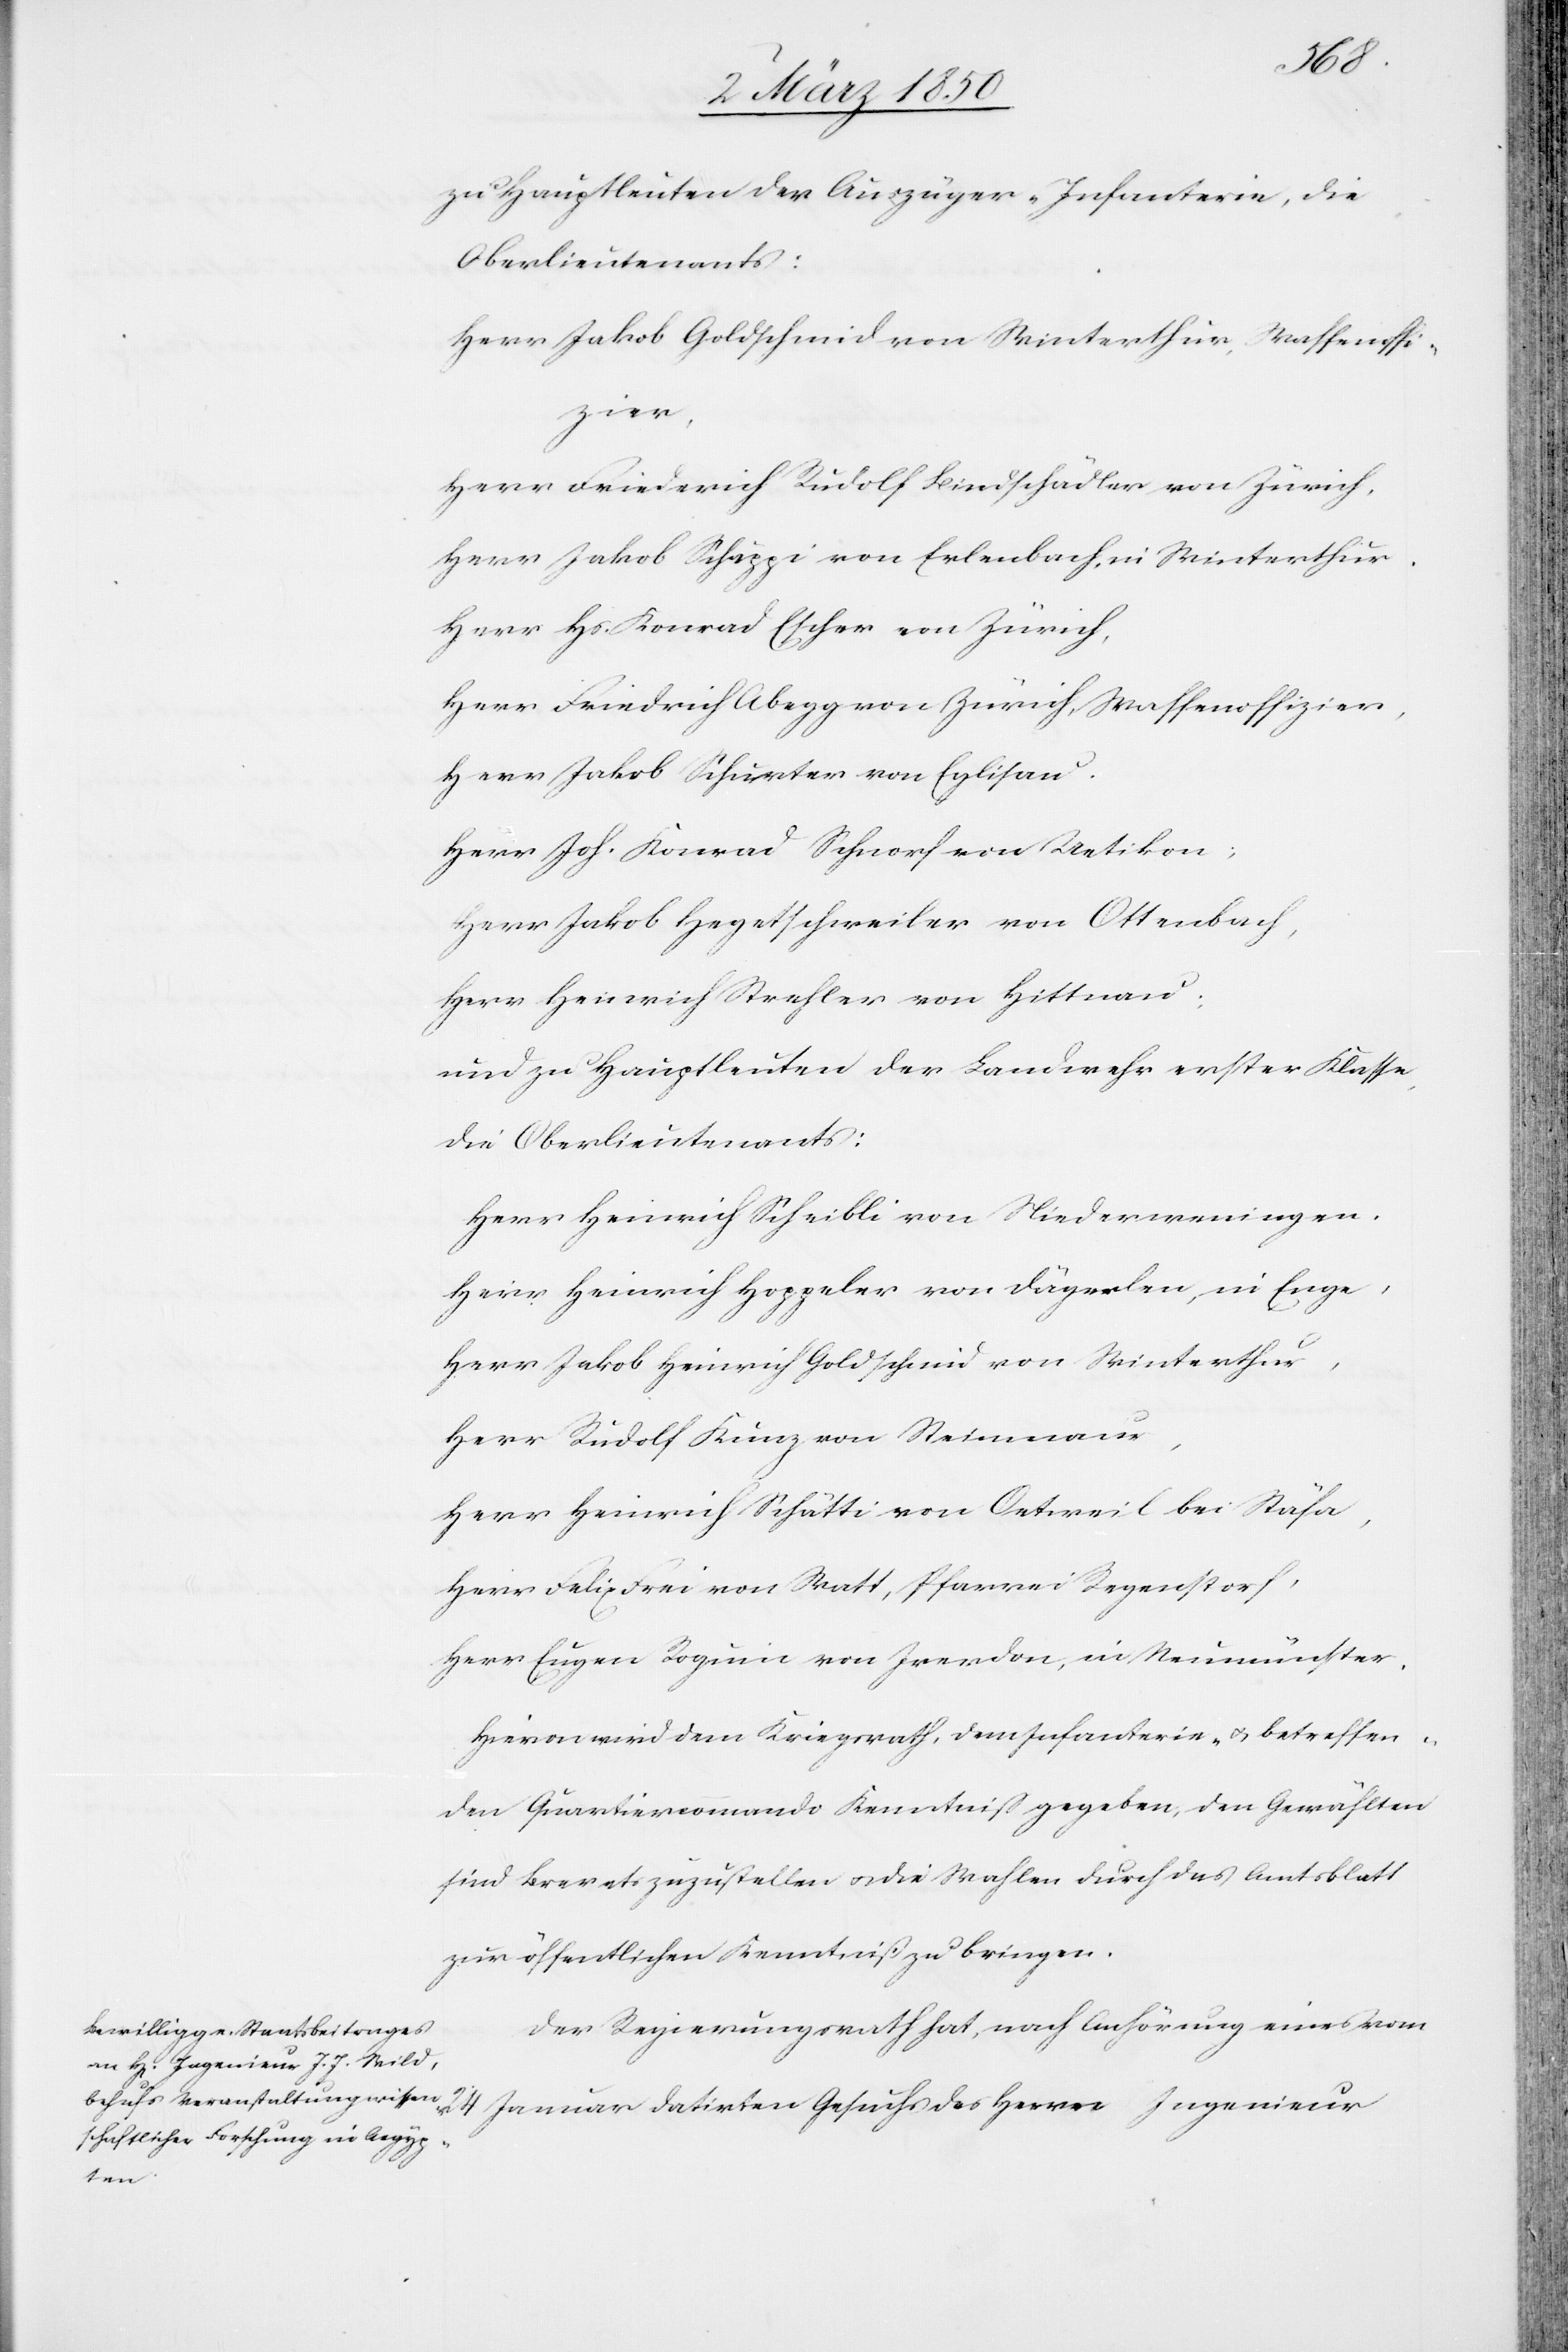
zu Hauptleuten der Auszüger-Infanterie, die
Oberlieutenants:
Herr Jakob Goldschmid von Winterthur, Waffenoffi¬
zier,
Herr Friederich Rudolf Bindschädler von Zürich,
Herr Jakob Schäppi von Erlenbach, in Winterthur.
Herr Hs. Konrad Escher von Zürich,
Herr Friedrich Abegg von Zürich, Waffenoffizier,
Herr Jakob Schurter von Eglisau.
Herr Joh. Konrad Schnorf von Uetikon;
Herr Jakob Hegetschweiler von Ottenbach,
Herr Heinrich Strehler von Hittnau;
und zu Hauptleuten der Landwehr erster Klasse,
die Oberlieutenants:
Herr Heinrich Scheibli von Niederweningen.
Herr Heinrich Hoppeler von Dägerlen, in Enge,
Herr Jakob Heinrich Goldschmid von Winterthur,
Herr Rudolf Kunz von Steinmaur,
Herr Heinrich Schätti von Oetweil bei Stäfa,
Herr Felix Frei von Watt, Pfarrei Regenstorf,
Herr Eugen Roguin von Iverdon, in Neumünster.
Hievon wird dem Kriegsrath, dem Infanterie- u. betreffen¬
den Quartiercommando Kenntniß gegeben, den Gewählten
sind Brevets zuzustellen u. die Wahlen durch das Amtsblatt
zur öffentlichen Kenntniß zu bringen.
Der Regierungsrath hat, nach Anhörung eines vom
24 Januar datirten Gesuchs des Herrn Ingenieur